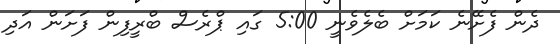
ދެން ފެށޭނެ ކަމަށް ބެލެވެނީ 5:00 ގައި ޕްރެސް ބްރީފިން ފަށަން އަދި